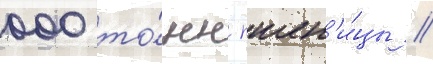
000 то́нн пшен'и́цы //